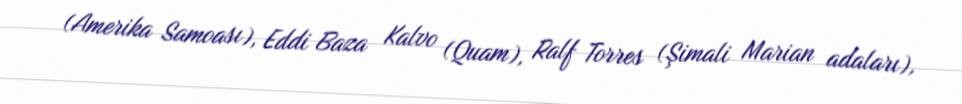
(Amerika Samoası), Eddi Baza Kalvo (Quam), Ralf Torres (Şimali Marian adaları),